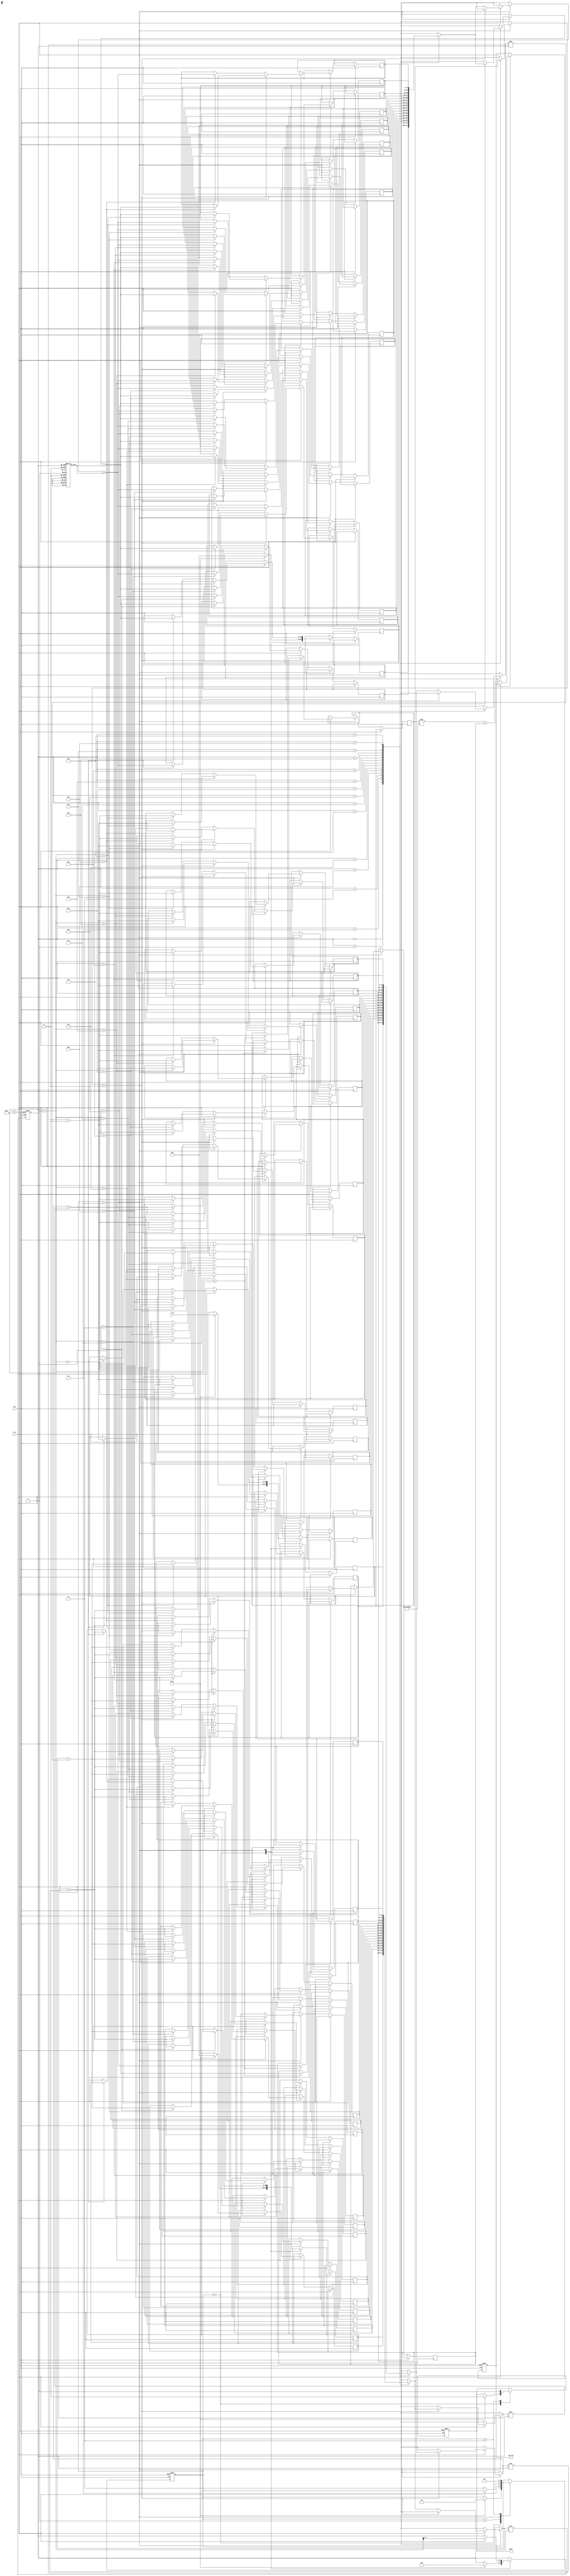
module cordic_logarithm (
    input wire clk,
    input wire rst,
    input wire start,
    input wire [31:0] x_in, // Input: positive floating-point number (32 bits)
    output reg [31:0] log_out, // Output: logarithm result (32 bits)
    output reg done // Status signal: computation complete
);

    // Constants for CORDIC
    localparam NUM_ITERATIONS = 16; // Number of iterations for CORDIC
    reg [31:0] atan_table [0:NUM_ITERATIONS-1]; // Lookup table for arctangent values
    reg [31:0] x [0:NUM_ITERATIONS]; // x values
    reg [31:0] y [0:NUM_ITERATIONS]; // y values
    reg [31:0] z [0:NUM_ITERATIONS]; // z values (angle)
    reg [3:0] iteration; // Current iteration count
    reg [1:0] state; // State machine
    reg [31:0] scale_factor; // Scaling factor

    // State definitions
    localparam IDLE = 2'b00;
    localparam INIT = 2'b01;
    localparam ITERATE = 2'b10;
    localparam DONE = 2'b11;

    // Initialize arctangent values and scaling factor
    initial begin
        atan_table[0] = 32'h00000000; // atan(0)
        atan_table[1] = 32'h3F19999A; // atan(1/2^1)
        atan_table[2] = 32'h3E4CCCCD; // atan(1/2^2)
        atan_table[3] = 32'h3D999999; // atan(1/2^3)
        // ... Fill in remaining atan values
        scale_factor = 32'h3F1A36B8; // Approximate scaling factor for 16 iterations
    end

    // State machine for CORDIC computation
    always @(posedge clk or posedge rst) begin
        if (rst) begin
            state <= IDLE;
            iteration <= 0;
            log_out <= 0;
            done <= 0;
        end else begin
            case (state)
                IDLE: begin
                    if (start) begin
                        // Initialize values
                        x[0] <= x_in; // Input value
                        y[0] <= 0; // Initial y value
                        z[0] <= 0; // Initial angle
                        iteration <= 0;
                        state <= INIT;
                        done <= 0;
                    end
                end
                INIT: begin
                    // Prepare for iterations
                    state <= ITERATE;
                end
                ITERATE: begin
                    if (iteration < NUM_ITERATIONS) begin
                        // CORDIC rotation logic
                        if (y[iteration] < 0) begin
                            // Rotate clockwise
                            x[iteration + 1] <= x[iteration] + (y[iteration] >> iteration);
                            y[iteration + 1] <= y[iteration] + (x[iteration] >> iteration);
                            z[iteration + 1] <= z[iteration] - atan_table[iteration];
                        end else begin
                            // Rotate counterclockwise
                            x[iteration + 1] <= x[iteration] - (y[iteration] >> iteration);
                            y[iteration + 1] <= y[iteration] - (x[iteration] >> iteration);
                            z[iteration + 1] <= z[iteration] + atan_table[iteration];
                        end
                        iteration <= iteration + 1;
                    end else begin
                        // Final output calculation
                        log_out <= (x[NUM_ITERATIONS] * scale_factor) + z[NUM_ITERATIONS];
                        state <= DONE;
                    end
                end
                DONE: begin
                    done <= 1; // Indicate completion
                    state <= IDLE; // Reset to IDLE state
                end
            endcase
        end
    end

endmodule